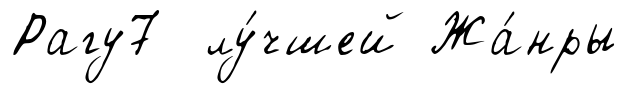
Рагу7 лу́чшей Жа́нры